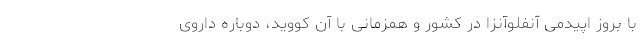
با بروز اپیدمی آنفلوآنزا در کشور و همزمانی با آن کووید، دوباره داروی